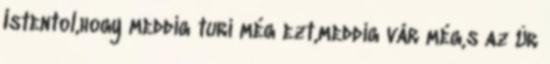
Istentol,hogy meddig turi még ezt,meddig vár még,s az Úr